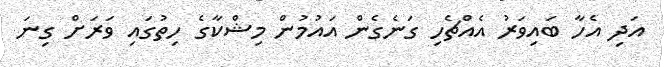
އަދި އެހާ ބައިވަރު އެއްޗެހި ގަނެގެން އައުމުން މިޝްކާގެ ހިތުގައި ވަރަށް ގިނަ